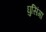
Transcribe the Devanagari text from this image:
घुसिंगा